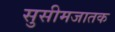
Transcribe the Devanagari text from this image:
सुसीमजातक